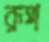
রূপ